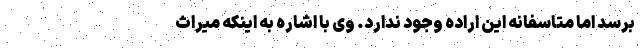
برسد اما متاسفانه این اراده وجود ندارد. وی با اشاره به اینکه میراث